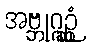
အဗ္ဘုဂ္ဂဉ္ဆုံ